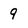
Character: 9